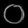
Digit: ၀